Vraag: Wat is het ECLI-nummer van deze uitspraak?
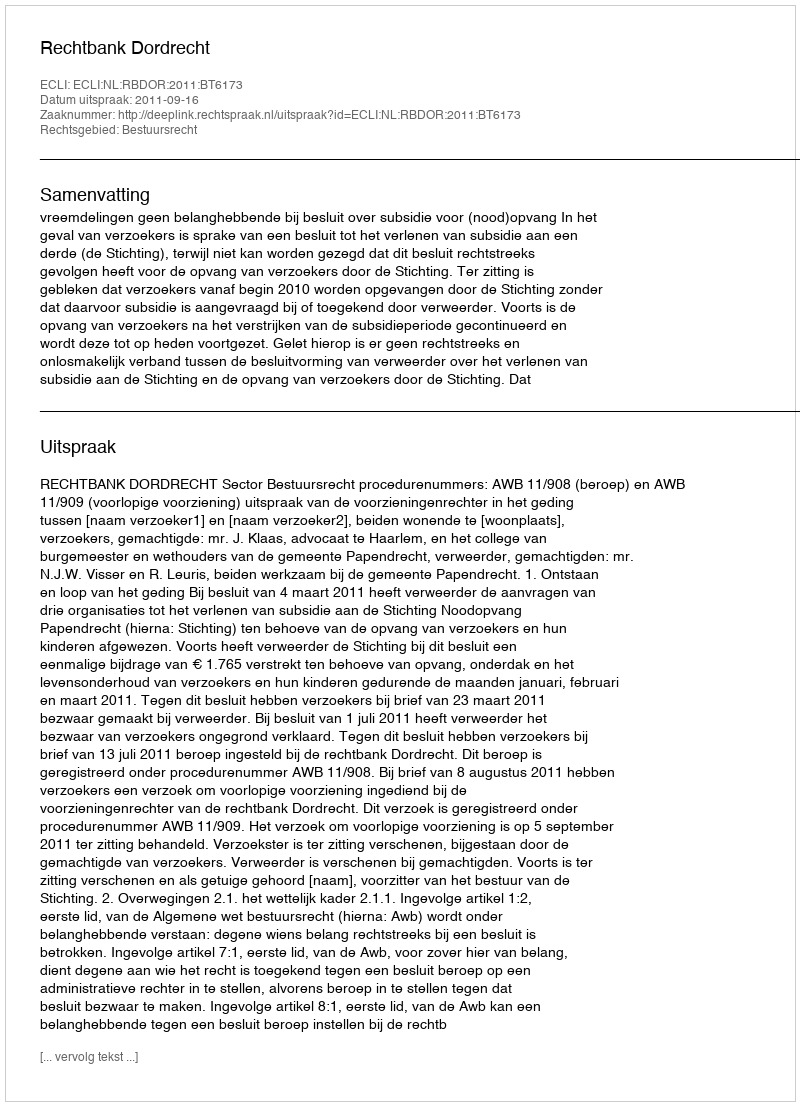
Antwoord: ECLI:NL:RBDOR:2011:BT6173